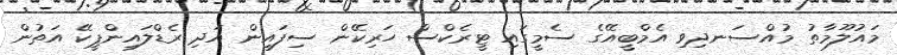
މައުލޫމާތު މުއްސަނދިވި އެމްބީއޭގެ ސެމީގައި ޓީރެކްސް ހަރިކޭން ސިފައިން އަދި ރެޑްލައިންޕީކޭ އަތުން